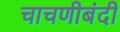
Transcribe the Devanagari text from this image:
चाचणीबंदी